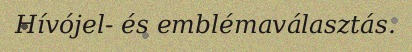
Hívójel- és emblémaválasztás.